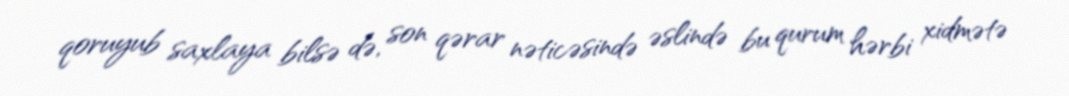
qoruyub saxlaya bilsə də, son qərar nəticəsində əslində bu qurum hərbi xidmətə